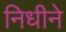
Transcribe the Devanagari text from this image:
निधीने